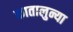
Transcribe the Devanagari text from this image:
कातालुन्या